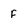
Character: F